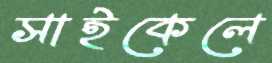
সাইকেলে